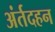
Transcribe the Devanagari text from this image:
अंर्तदहन